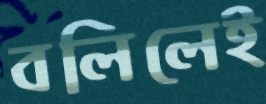
বলিলেই